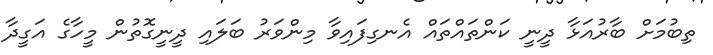
ތިބުމަށް ބާރުއަޅާ ދީނީ ކަންތައްތައް އެނގިފައިވާ މިންވަރު ބަލައި ދީނީގޮތުން މީހާގެ އަގީދާ